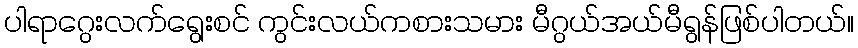
ပါရာဂွေးလက်ရွေးစင် ကွင်းလယ်ကစားသမား မီဂွယ်အယ်မီရွန်ဖြစ်ပါတယ်။